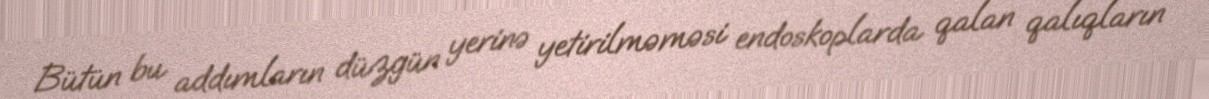
Bütün bu addımların düzgün yerinə yetirilməməsi endoskoplarda qalan qalıqların